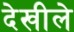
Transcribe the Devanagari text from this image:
देखीले